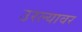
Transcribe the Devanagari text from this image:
उरल्यावर